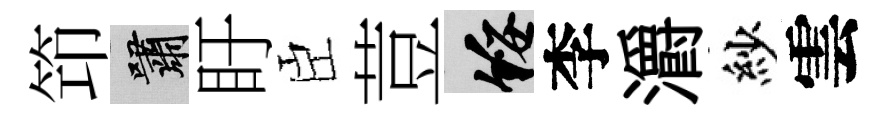
笻嘯盱臣荳綏李灂紗雲